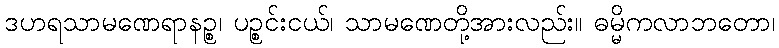
ဒဟရသာမဏေရာနဉ္စ၊ ပဉ္စင်းငယ်၊ သာမဏေတို့အားလည်း။ ဓမ္မိကလာဘတော၊